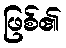
ဖြစ်၏